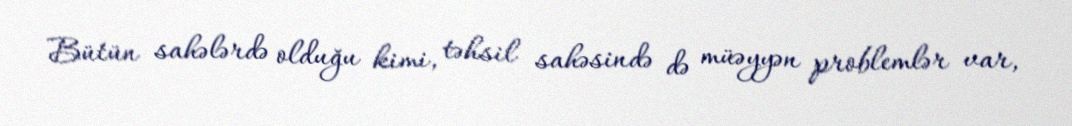
Bütün sahələrdə olduğu kimi, təhsil sahəsində də müəyyən problemlər var,